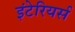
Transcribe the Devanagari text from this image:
इंटेरियर्स